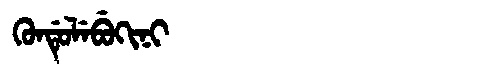
Manchu: ᡴᡠᠨᡩᡠᠯᡝᠪᡠᡴᡳᠨᡳ
Romanization: KUNDULEBUKINI